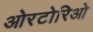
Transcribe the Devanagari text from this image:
ओरटोरिओ